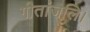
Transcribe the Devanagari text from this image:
गीतांजलि।